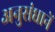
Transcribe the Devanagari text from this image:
अनुसंधानें